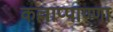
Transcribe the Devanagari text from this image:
कल्लाप्पाण्णा